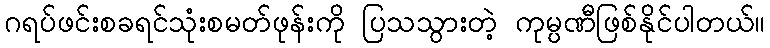
ဂရပ်ဖင်းစခရင်သုံးစမတ်ဖုန်းကို ပြသသွားတဲ့ ကုမ္ပဏီဖြစ်နိုင်ပါတယ်။